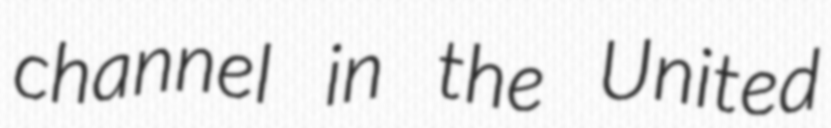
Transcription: channel in the United